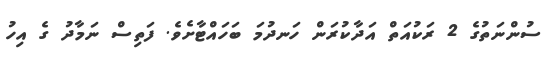
ސުންނަތުގެ 2 ރަކުއަތް އަދާކުރަން ހަނދުމަ ބަހައްޓާށެވެ. ފަތިސް ނަމާދު ގެ އިހު